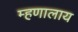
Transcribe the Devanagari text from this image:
म्हणालाय